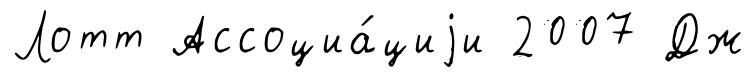
Лотт Ассоциа́циjи 2007 Дж